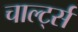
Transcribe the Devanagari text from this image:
चार्ल्ट्स